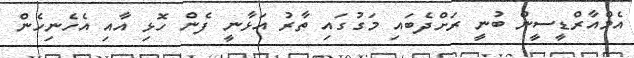
އެމްއާރްޑީސީން ބުނީ ރަށްދެބައި މަގުގައި ތާރު އަޅާނީ ފެން ހޮޅި އާއި އެހެނިހެން